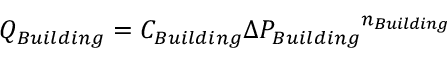
Q _ { B u i l d i n g } = C _ { B u i l d i n g } { { \Delta } P _ { B u i l d i n g } } ^ { n _ { B u i l d i n g } } \,